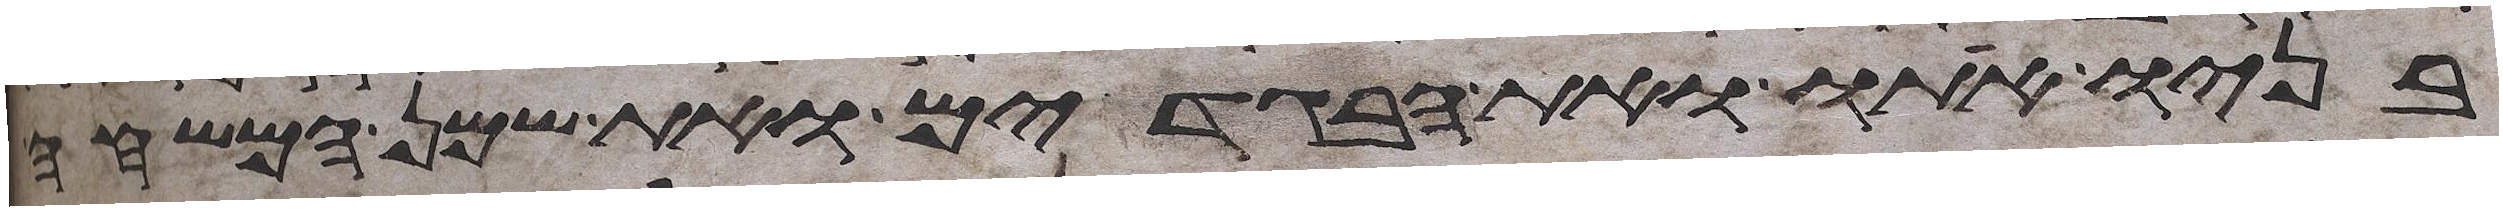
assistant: בניו אתו ואת הבגדים ואת שמן המשחה